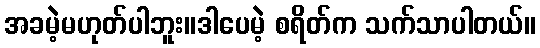
အခမဲ့မဟုတ်ပါဘူး။ဒါပေမဲ့ စရိတ်က သက်သာပါတယ်။